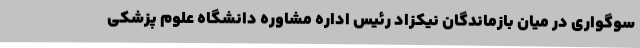
سوگواری در میان بازماندگان نیکزاد رئیس اداره مشاوره دانشگاه علوم پزشکی